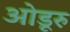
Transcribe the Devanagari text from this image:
ओडूरु